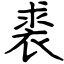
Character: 裘